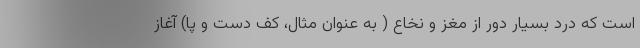
است که درد بسیار دور از مغز و نخاع ( به عنوان مثال، کف دست و پا) آغاز